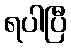
ရပါပြီ